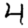
Digit: 4